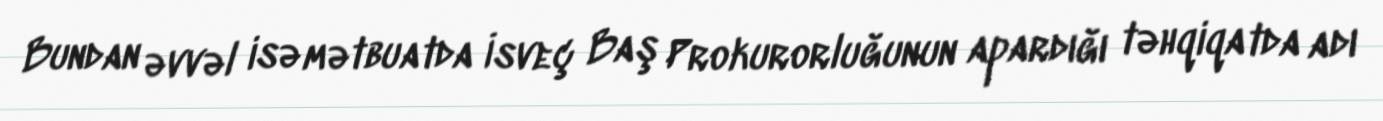
Bundan əvvəl isə mətbuatda İsveç Baş Prokurorluğunun apardığı təhqiqatda adı